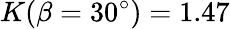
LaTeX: K(\beta=30^{\circ})=1.47